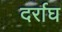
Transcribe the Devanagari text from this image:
दर्राघ